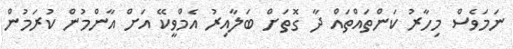
ނަމަވެސް މިހާރު ކަންތައްތައް ދާ ގޮތަށް ބަލާއިރު އެމްވީކޭ އަށް އާންމުން ކުރަމުން